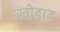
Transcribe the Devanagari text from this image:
खोडाड